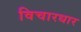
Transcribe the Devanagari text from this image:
विचारधार